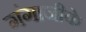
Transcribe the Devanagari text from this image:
गंगाजीके